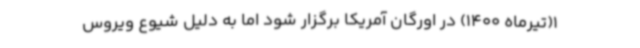
1(تیرماه 1400) در اورگان آمریکا برگزار شود اما به دلیل شیوع ویروس